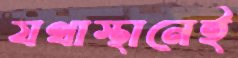
যথাস্থানেই